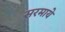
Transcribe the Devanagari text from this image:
सरमाये